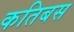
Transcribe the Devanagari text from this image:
कतिबस